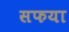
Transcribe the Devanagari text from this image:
सफया